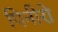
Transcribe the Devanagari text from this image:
पिनीरो